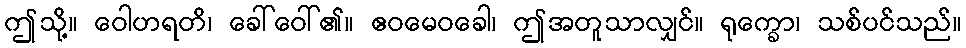
ဤသို့။ ဝေါဟရတိ၊ ခေါ်ဝေါ်၏။ ဧဝမေဝခေါ၊ ဤအတူသာလျှင်။ ရုက္ခော၊ သစ်ပင်သည်။